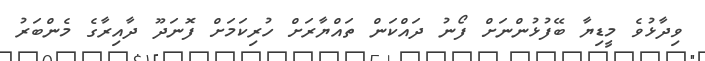
ވިދާޅުވެ މީޑިޔާ ބޭފުޅުންނަށް ފޯނު ދައްކަން ތައްޔާރަށް ހުރިކަމަށް ފޮނަދޫ ދާއިރާގެ މެންބަރު